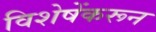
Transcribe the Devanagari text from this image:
विशेषेंकरून